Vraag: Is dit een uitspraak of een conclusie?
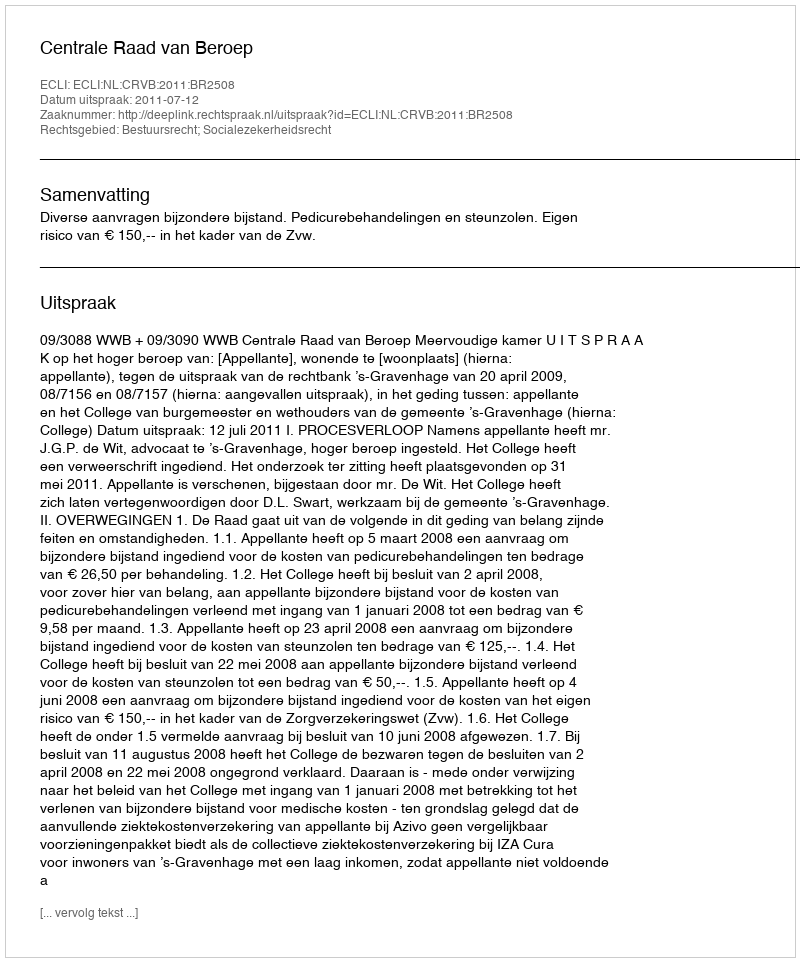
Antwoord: Uitspraak